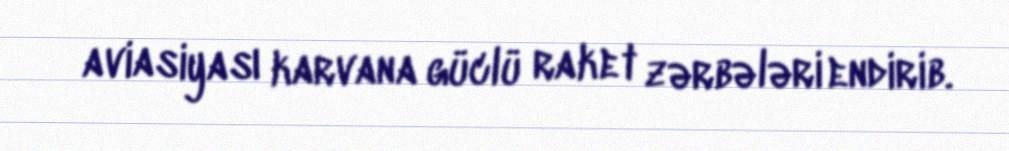
aviasiyası karvana güclü raket zərbələri endirib.